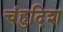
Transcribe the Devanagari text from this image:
चंहुदिश